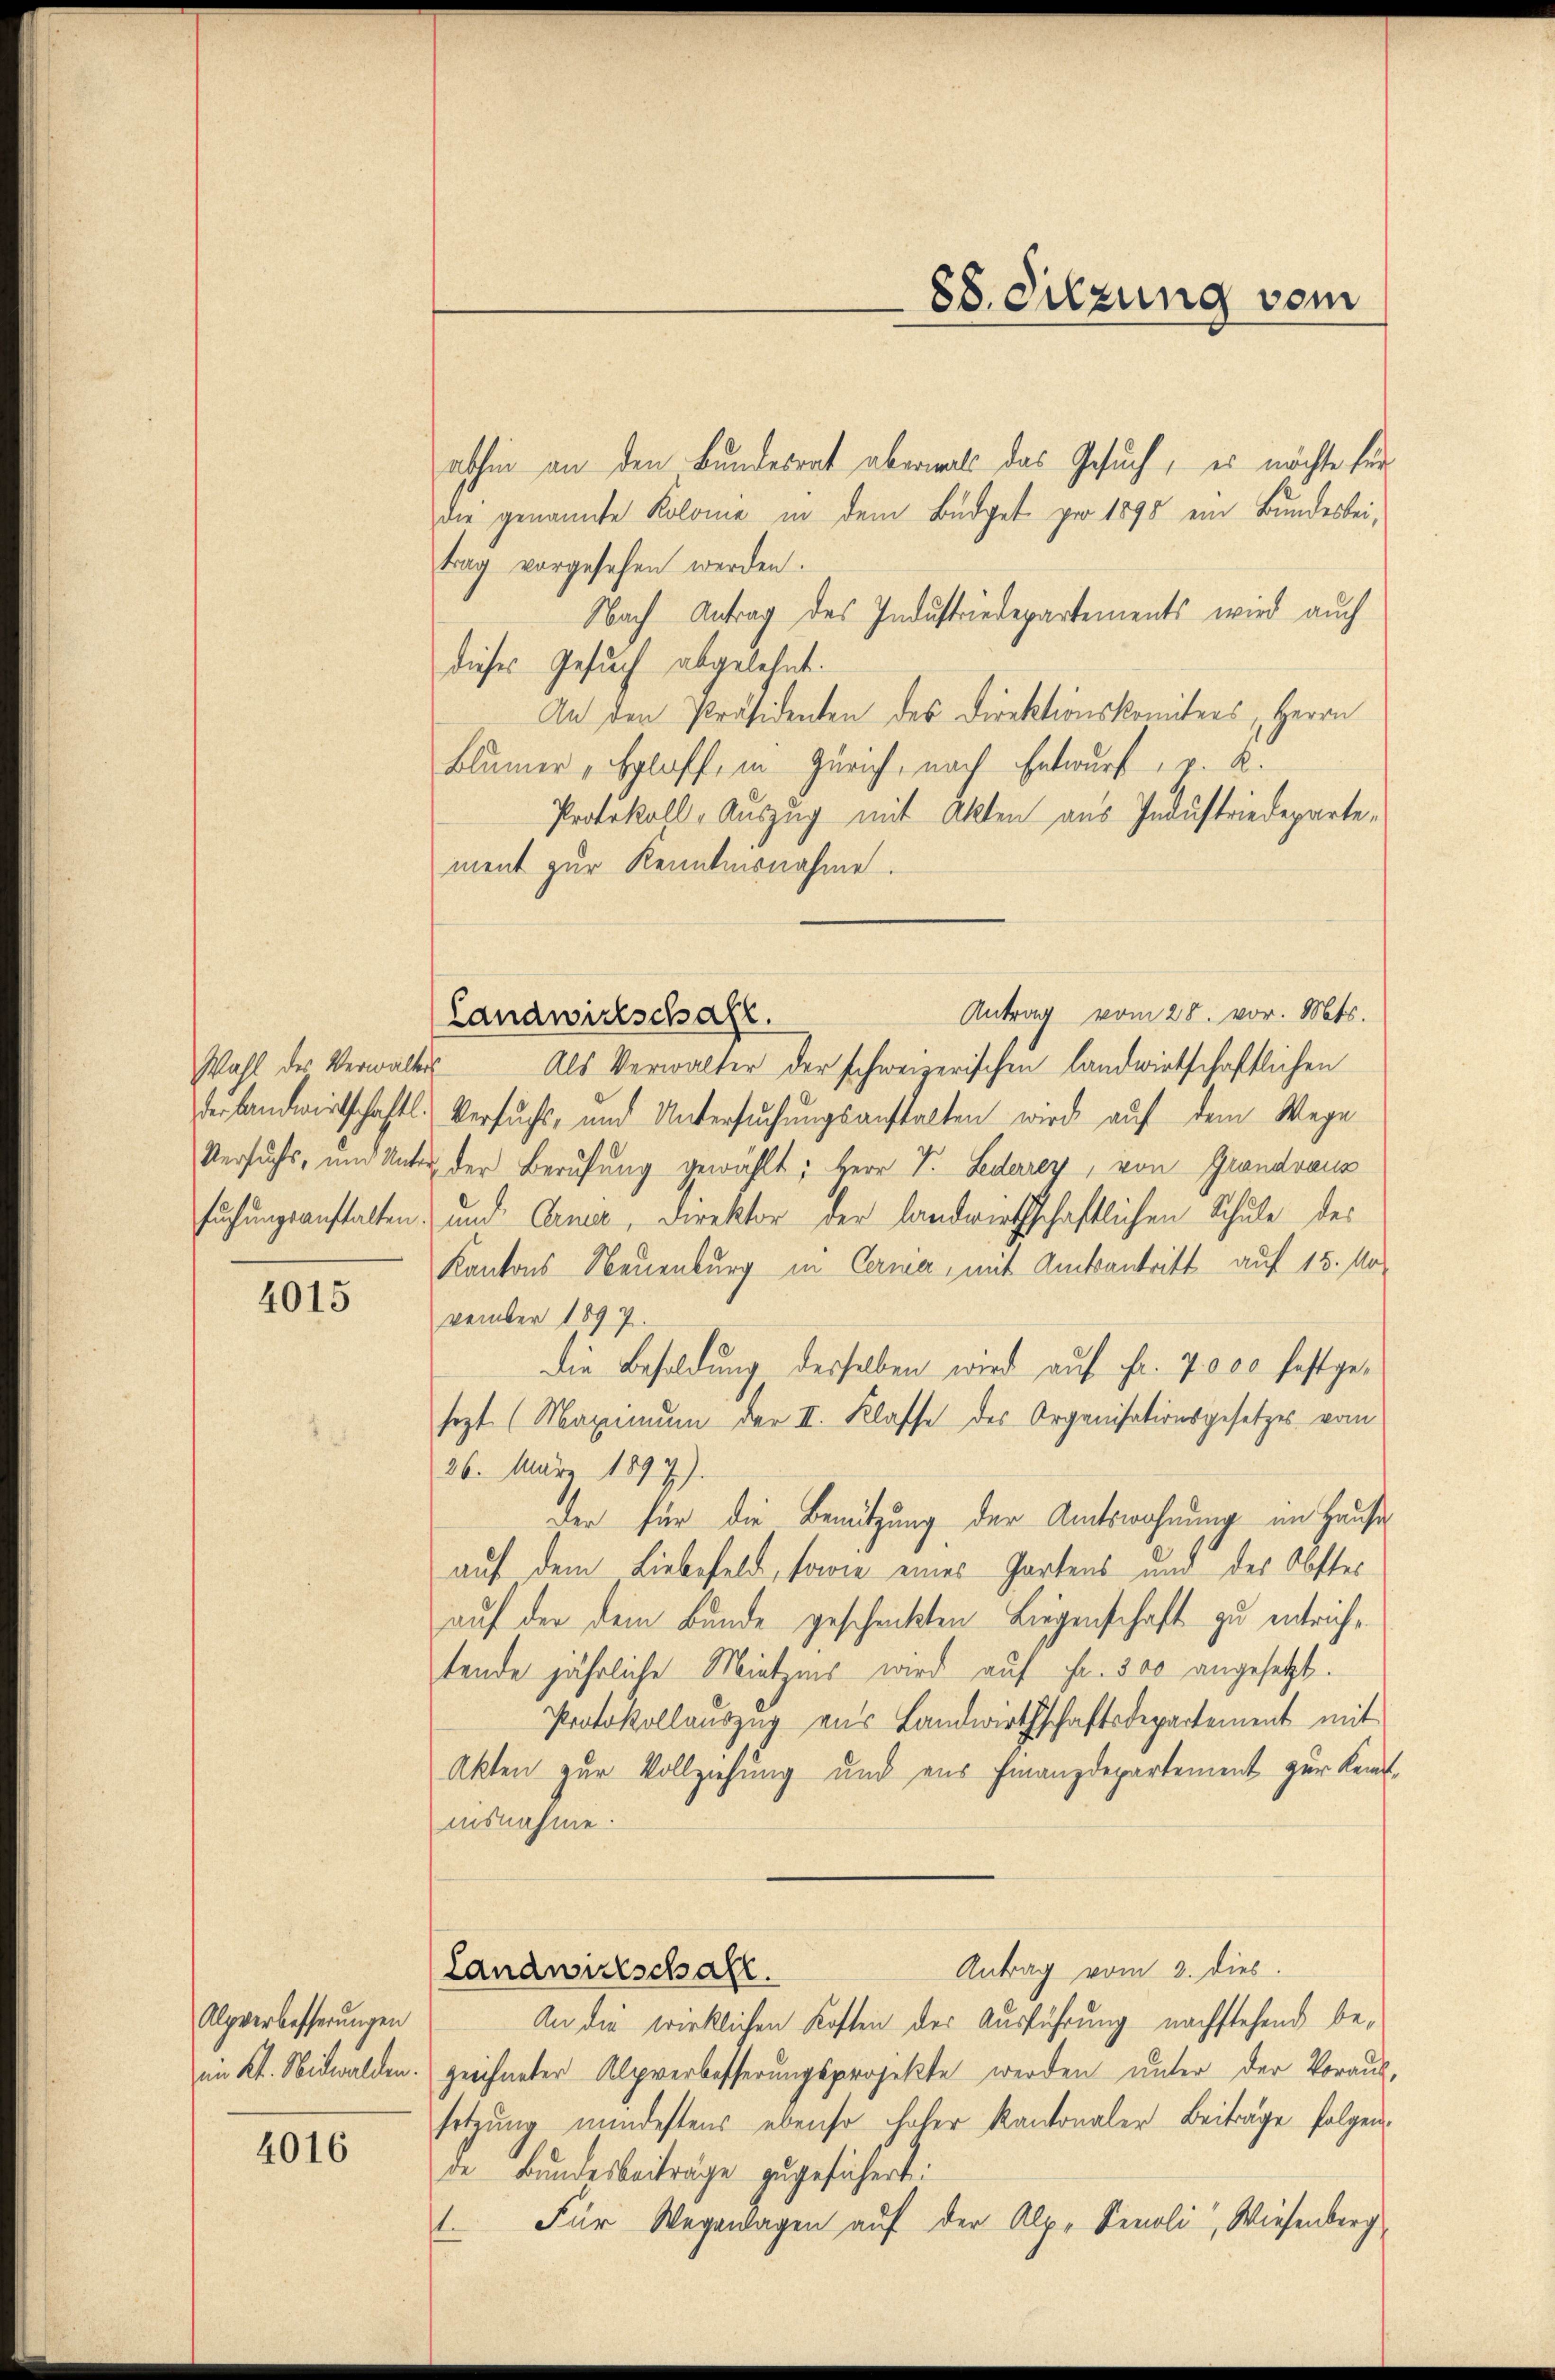
Wahl des Verwalters
Versuchs, und Unte
suchungsanstalten.

4015

Alpverbesserungen
n Kt. Nidwalden.

4016

ashin an den Bundesrat abermals das Gesuch, es möchte fürdie genannte Kolome in dem Büdget pro 1895 ein Bundesbeitrag vorgesehen werden.
Nach Antrag des Industriedepartements wird auch
dieses Gesuch abgelehnt.
An der Präsidenten des Direktionskomiters, Herrn
Blümer, Egloff, in Zürich, nach Entwurf, v. K.
Protokoll, Auszug mit Akten aus Industriedepartement zur Kenntnisnahme.
Antrag vom 28. vor. Mts.
Als Verwalter der schweizerischen landwirtschaftlichen
Verlandwirtschaftl. Versuchs- und Untersuchungsanstalten wird auf dem Wege
u der Berufung gewählt: Herr V. Lederrey, von Grandvaus
und Carni, Direktor der landwirthschaftlichen Schule des
Kantons Neuenburg in Cerna, mit Amtsantritt auf 15. November 1897.
Die Besoldung desselben wird auf Fr. 7000 festgesezt (Maximum der II. Klasse des Organisationsgesetzes vom
36. März 1897).
der für die Benutzung der Amtswohnung im Hause
auf dem Liebefeld, sowie eines Gartens und des Obster
auf der dem Bunde gescheickten Liegenschaft zu entrichtende jährliche Mietzens wird auf Fr. 300 angesetzt.
Protokollauszug aus Landwirthschaftsdepartement mit
Akten zur Vollziehung und aus Finanzdepartement zur Kennt-
aisnahme.
Antrag vom 3. dies.
Landwirtschaft.
An die wirklichen Kosten der Ausführung nachstehend bezeichneter Alpverbesserungsprojekte werden unter der Voraus-
setzung mindestens ebenso hoher Kantonaler Beiträge folgen
de Bundesbeiträge zugesichert:
Für Wegenlagen auf der Alp, Senoli, Wiesenberg
t.

Landwirtschaft.

88. Sitzung vom